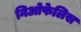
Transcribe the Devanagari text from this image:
निओफेलिस